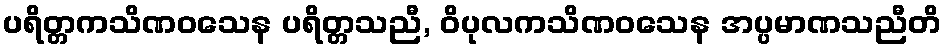
ပရိတ္တကသိဏဝသေန ပရိတ္တသညီ, ဝိပုလကသိဏဝသေန အပ္ပမာဏသညီတိ